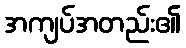
အကျပ်အတည်း၏